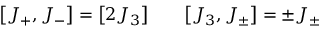
\bigl [ J _ { + } , J _ { - } \bigr ] = \bigl [ 2 J _ { 3 } \bigr ] \qquad \bigl [ J _ { 3 } , J _ { \pm } \bigr ] = \pm J _ { \pm }